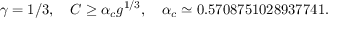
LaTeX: \gamma = 1 / 3 , \quad C \geq \alpha _ { c } g ^ { 1 / 3 } , \quad \alpha _ { c } \simeq 0 . 5 7 0 8 7 5 1 0 2 8 9 3 7 7 4 1 .